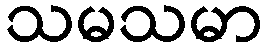
သမသမာ